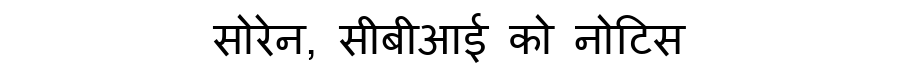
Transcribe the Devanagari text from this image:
सोरेन, सीबीआई को नोटिस